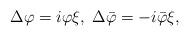
LaTeX: \begin{align*}\Delta \varphi =i\varphi \xi ,\;\Delta \bar{\varphi}=-i\bar{\varphi}\xi ,\end{align*}